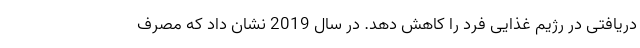
دریافتی در رژیم غذایی فرد را کاهش دهد. در سال 2019 نشان داد که مصرف